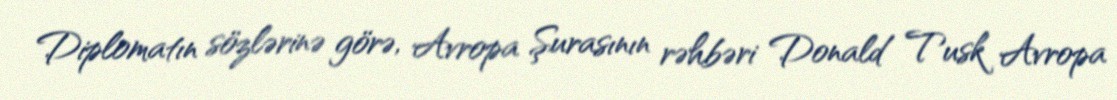
Diplomatın sözlərinə görə, Avropa Şurasının rəhbəri Donald Tusk Avropa